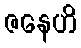
ဇနေဟိ